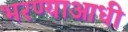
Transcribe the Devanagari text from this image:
भरण्याआधी